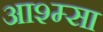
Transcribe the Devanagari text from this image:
आश्म्सा